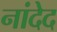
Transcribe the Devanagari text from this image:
नांदेद